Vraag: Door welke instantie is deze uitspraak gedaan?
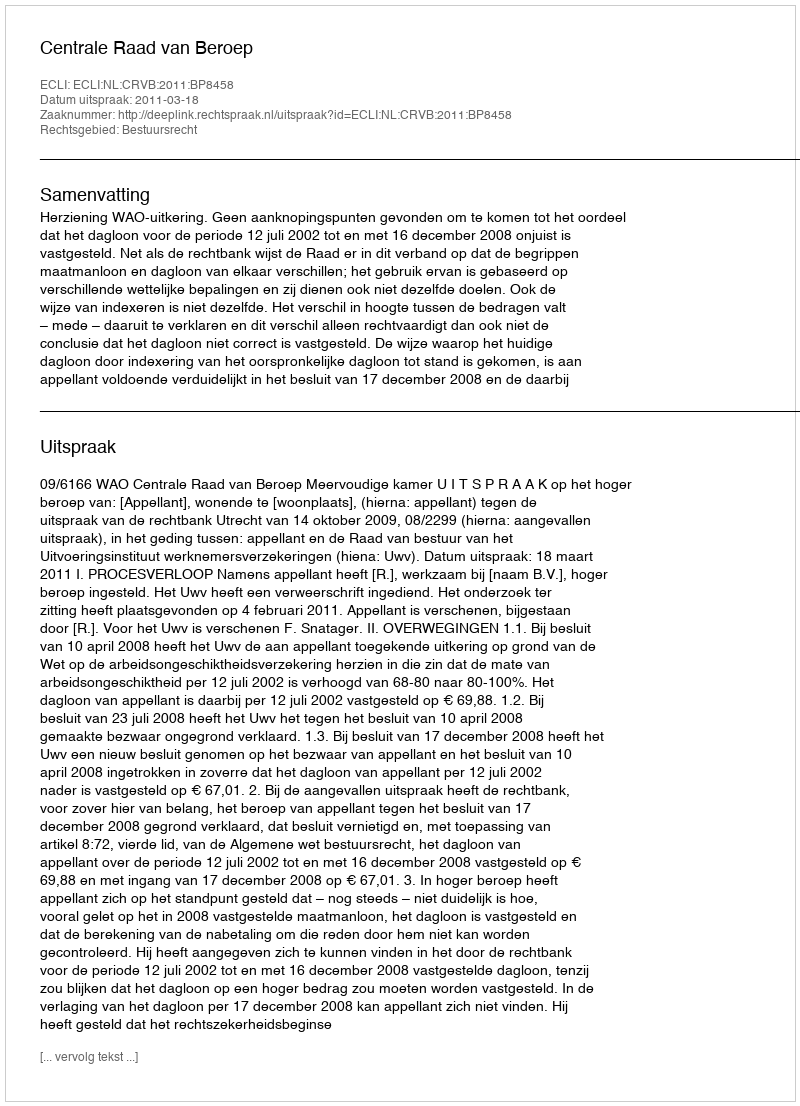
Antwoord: Centrale Raad van Beroep